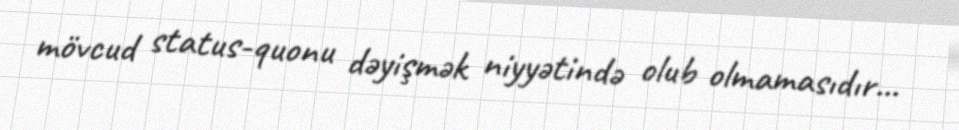
mövcud status-quonu dəyişmək niyyətində olub olmamasıdır...